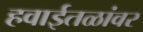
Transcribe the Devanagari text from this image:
हवाईतळांवर